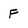
Character: F